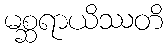
မစ္ဆရာယိဿတိ